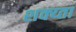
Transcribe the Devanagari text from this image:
शक्य्ता